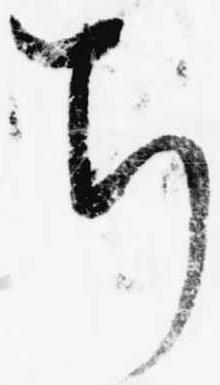
ち